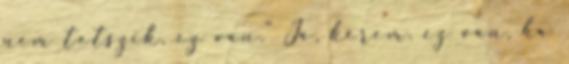
nem tetszik, ez van." Ja, kérem. ez van, ha